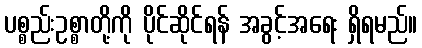
ပစ္စည်းဥစ္စာတို့ကို ပိုင်ဆိုင်ရန် အခွင့်အရေး ရှိရမည်။